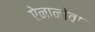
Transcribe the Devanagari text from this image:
ऐनानोवा